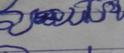
Signature authenticity: forged